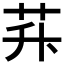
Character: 𦭊